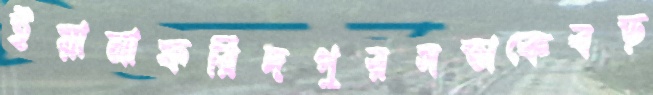
ইয়ানাফরিদপুরসভাকেবড়